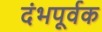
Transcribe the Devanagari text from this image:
दंभपूर्वक